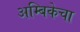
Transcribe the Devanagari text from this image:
अम्बिकेचा